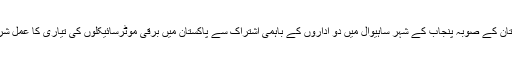
حالیہ دنوں پاکستان کے صوبہ پنجاب کے شہر ساہیوال میں دو اداروں کے باہمی اشتراک سے پاکستان میں برقی موٹرسائیکلوں کی تیاری کا عمل شروع کیا گیا ہے۔